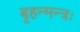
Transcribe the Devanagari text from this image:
बृहन्मन्त्रः